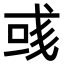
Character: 彧